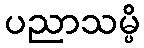
ပညာသမ္ပိ